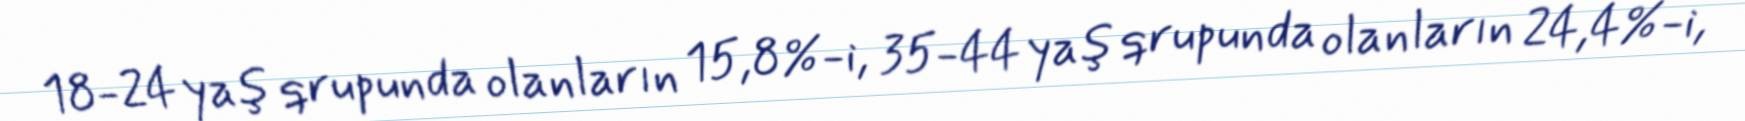
18-24 yaş qrupunda olanların 15,8%-i, 35-44 yaş qrupunda olanların 24,4%-i,